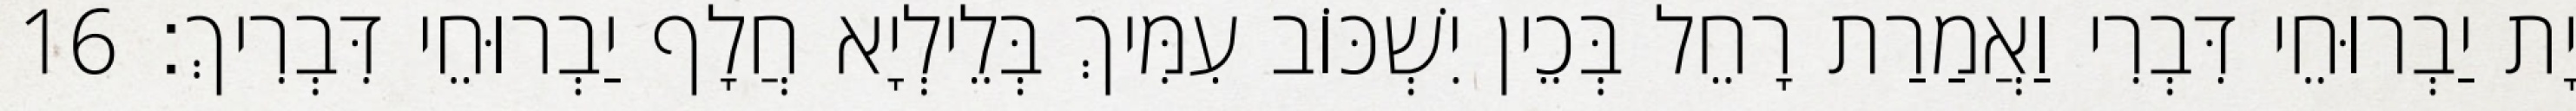
יָת יַבְרוּחֵי דִּבְרִי וַאֲמַרַת רָחֵל בְּכֵין יִשְׁכּוֹב עִמִּיךְ בְּלֵילְיָא חֲלָף יַבְרוּחֵי דִּבְרִיךְ׃ 16